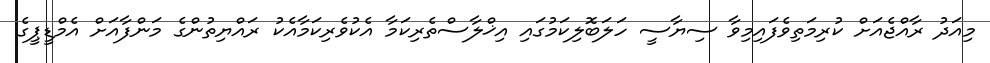
މިއަދު ރާއްޖެއަށް ކުރިމަތިވެފައިމިވާ ސިޔާސީ ހަލަބޮލިކަމުގައި އިޚްލާސްތެރިކަމާ އެކުވެރިކަމާއެކު ރައްޔިތުންގެ މަންފާއަށް އެމްޑީޕީގެ